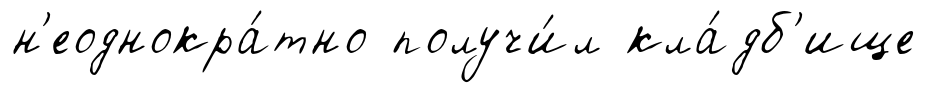
н'еоднокра́тно получи́л кла́дб'ище